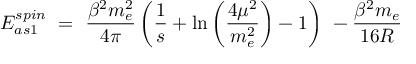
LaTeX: { \cal E } _ { a s 1 } ^ { s p i n } \ = \ \frac { \beta ^ { 2 } m _ { e } ^ { 2 } } { 4 \pi } \left( \frac 1 s + \ln \left( \frac { 4 \mu ^ { 2 } } { m _ { e } ^ { 2 } } \right) - 1 \right) \- \ - \frac { \beta ^ { 2 } m _ { e } } { 1 6 R }